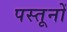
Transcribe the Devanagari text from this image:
पस्तूनों